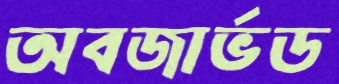
অবজার্ভড